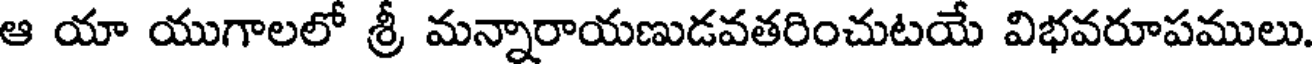
ఆ యా యుగాలలో శ్రీ మన్నారాయణుడవతరించుటయే విభవరూపములు.